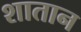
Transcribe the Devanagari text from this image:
शातान